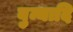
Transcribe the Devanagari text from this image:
बुन्यादि